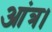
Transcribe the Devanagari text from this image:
आंत्र।